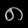
Digit: ၈